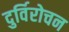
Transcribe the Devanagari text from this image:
दुर्विरोचन